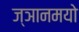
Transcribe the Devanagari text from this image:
ज्ञानमयो